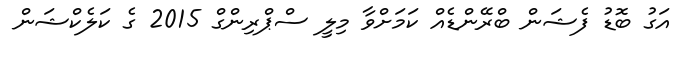
އަގު ބޮޑު ފެޝަން ބްރޭންޑެއް ކަމަށްވާ މިލީ ސްޕްރިންގް 2015 ގެ ކަލެކްޝަން